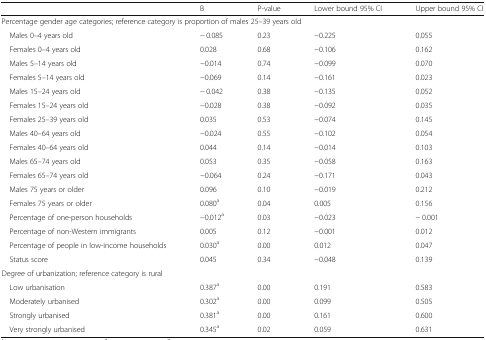
|  | B | P-value | Lower bound 95% CI | Upper bound 95% CI |
 | --- | --- | --- | --- | --- |
 | <COLSPAN=5> Percentage gender age categories; reference category is proportion of males 25–39 years old |
 | Males 0–4 years old | − 0.085 | 0.23 | −0.225 | 0.055 |
 | Females 0–4 years old | 0.028 | 0.68 | −0.106 | 0.162 |
 | Males 5–14 years old | −0.014 | 0.74 | −0.099 | 0.070 |
 | Females 5–14 years old | −0.069 | 0.14 | −0.161 | 0.023 |
 | Males 15–24 years old | − 0.042 | 0.38 | −0.135 | 0.052 |
 | Females 15–24 years old | −0.028 | 0.38 | −0.092 | 0.035 |
 | Females 25–39 years old | 0.035 | 0.53 | −0.074 | 0.145 |
 | Males 40–64 years old | −0.024 | 0.55 | −0.102 | 0.054 |
 | Females 40–64 years old | 0.044 | 0.14 | −0.014 | 0.103 |
 | Males 65–74 years old | 0.053 | 0.35 | −0.058 | 0.163 |
 | Females 65–74 years old | −0.064 | 0.24 | −0.171 | 0.043 |
 | Males 75 years or older | 0.096 | 0.10 | −0.019 | 0.212 |
 | Females 75 years or older | 0.080a | 0.04 | 0.005 | 0.156 |
 | Percentage of one-person households | −0.012a | 0.03 | −0.023 | − 0.001 |
 | Percentage of non-Western immigrants | 0.005 | 0.12 | −0.001 | 0.012 |
 | Percentage of people in low-income households | 0.030a | 0.00 | 0.012 | 0.047 |
 | Status score | 0.045 | 0.34 | −0.048 | 0.139 |
 | <COLSPAN=5> Degree of urbanization; reference category is rural |
 | Low urbanisation | 0.387a | 0.00 | 0.191 | 0.583 |
 | Moderately urbanised | 0.302a | 0.00 | 0.099 | 0.505 |
 | Strongly urbanised | 0.381a | 0.00 | 0.161 | 0.600 |
 | Very strongly urbanised | 0.345a | 0.02 | 0.059 | 0.631 |